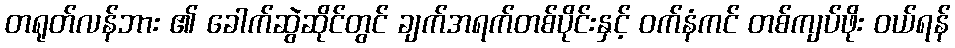
တရုတ်လန်ဘား ၏ ခေါက်ဆွဲဆိုင်တွင် ချက်အရက်တစ်ပိုင်းနှင့် ဝက်နံကင် တစ်ကျပ်ဖိုး ဝယ်ရန်